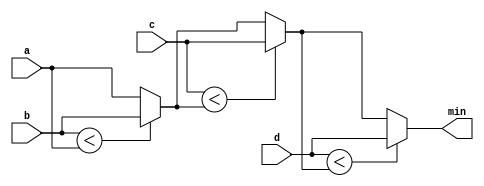
module top_module (
    input [8:0] a, b, c, d,
    output reg [8:0] min
);

always @(*) begin
    min = a;
    if (b < min) begin
        min = b;
    end
    if (c < min) begin
        min = c;
    end
    if (d < min) begin
        min = d;
    end
end

endmodule